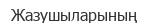
Жазушыларының